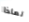
لماذا